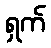
ရှက်